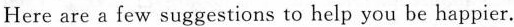
Here are a few suggestions to help you be happier.